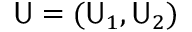
\mathsf { U } = ( \mathsf { U } _ { 1 } , \mathsf { U } _ { 2 } )